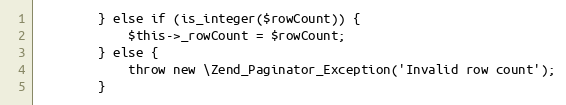
Language: PHP
        } else if (is_integer($rowCount)) {
            $this->_rowCount = $rowCount;
        } else {
            throw new \Zend_Paginator_Exception('Invalid row count');
        }